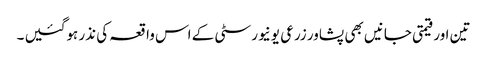
تین اور قیمتی جانیں بھی پشاور زرعی یونیورسٹی کے اس واقعہ کی نذر ہوگئیں ۔